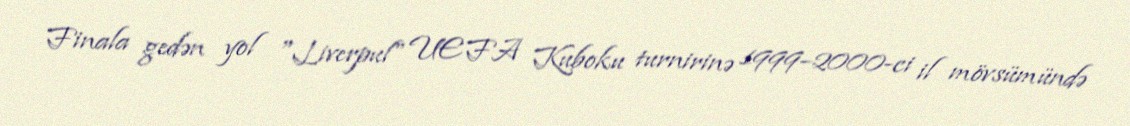
Finala gedən yol "Liverpul" UEFA Kuboku turnirinə 1999–2000-ci il mövsümündə